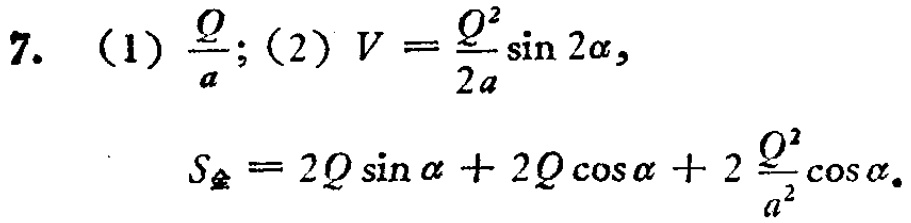
7. （1）$\frac{Q}{a}$;（2）$V = \frac{Q^{2}}{2a}\sin 2\alpha$,
$S_{全}=2Q\sin\alpha + 2Q\cos\alpha + 2\frac{Q^{2}}{a^{2}}\cos\alpha$.